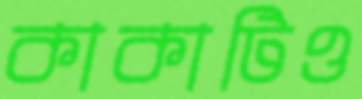
কাকাটিও